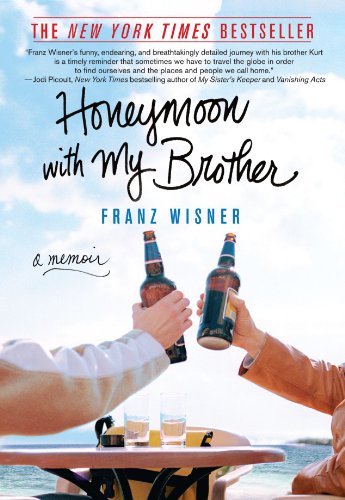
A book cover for Honeymoon with My Brother: A Memoir; Franz Wisner; Parenting & Relationships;